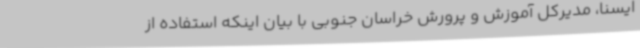
ایسنا، مدیرکل آموزش و پرورش خراسان جنوبی با بیان اینکه استفاده از